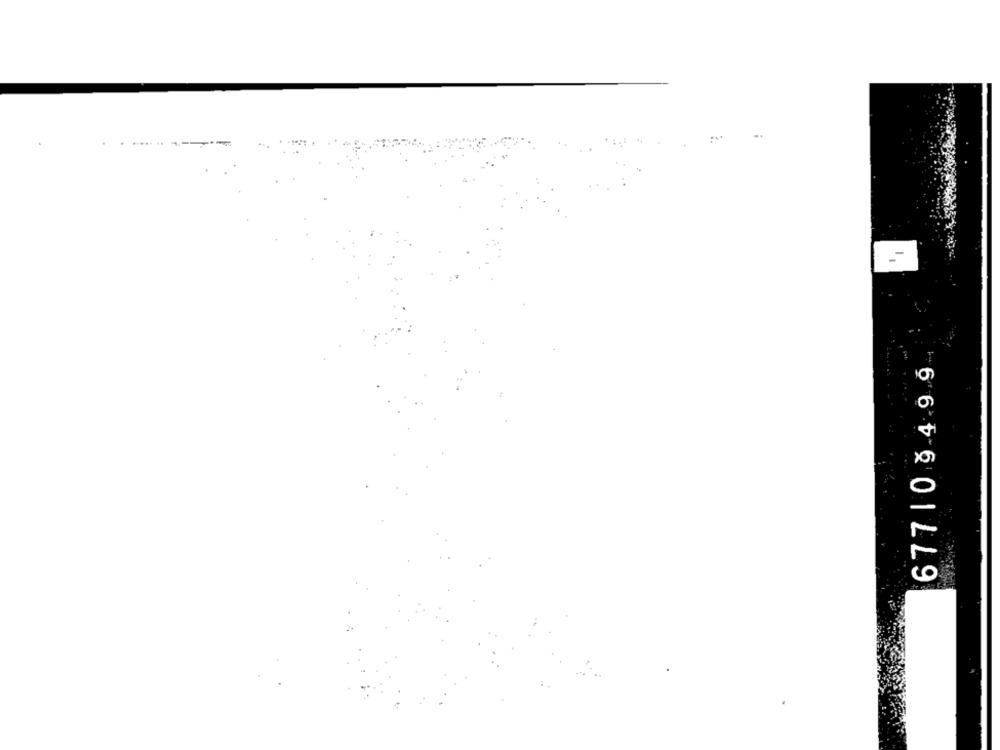
-.
677109499